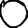
Digit: 0